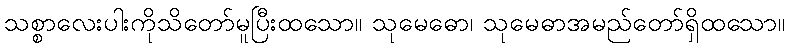
သစ္စာလေးပါးကိုသိတော်မူပြီးထသော။ သုမေဓော၊ သုမေဓာအမည်တော်ရှိထသော။